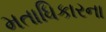
મતાધિકારના